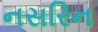
નસરિન